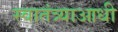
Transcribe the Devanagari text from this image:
स्वातंत्र्याआधी